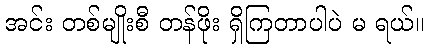
အင်း တစ်မျိုးစီ တန်ဖိုး ရှိကြတာပါပဲ မ ရယ်။